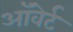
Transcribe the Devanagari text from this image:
ऑवेर्ट